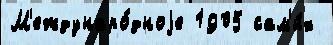
М'еждунаро́дноjе 1905 сам'и́х